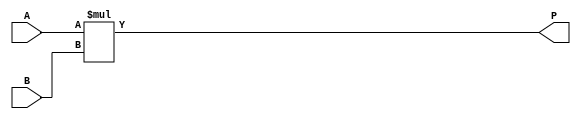
module ParameterizedMultiplier #(
    parameter A_width = 8,  // Width of input A
    parameter B_width = 8   // Width of input B
)(
    input  wire [A_width-1:0] A,  // Input operand A
    input  wire [B_width-1:0] B,  // Input operand B
    output wire [(A_width + B_width - 1):0] P  // Output product P
);
    
    // Behavioral description of multiplication
    assign P = A * B;

endmodule